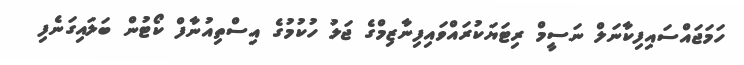
ހަމަޖައްސައިފިކާނަލް ނަސީމް ރިޓަޔަކުރައްވައިފިނާޒިމްގެ ޖަލު ހުކުމުގެ އިސްތިއުނާފް ކޯޓުން ބަލައިގަނެފި